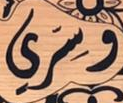
وسري